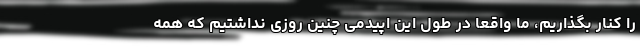
را کنار بگذاریم، ما واقعا در طول این اپیدمی چنین روزی نداشتیم که همه